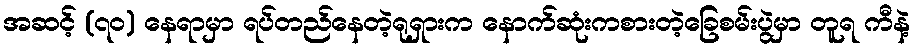
အဆင့် (၇ဝ) နေရာမှာ ရပ်တည်နေတဲ့ရုရှားက နောက်ဆုံးကစားတဲ့ခြေစမ်းပွဲမှာ တူရ ကီနဲ့